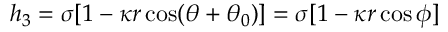
h _ { 3 } = \sigma [ 1 - \kappa r \cos ( \theta + \theta _ { 0 } ) ] = \sigma [ 1 - \kappa r \cos \phi ]